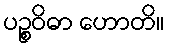
ပဉ္စဝိဓာ ဟောတိ။